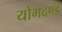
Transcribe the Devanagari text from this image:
योगदण्ड